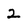
Character: 2